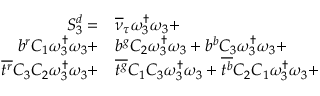
\begin{array} { r l } { S _ { 3 } ^ { d } = } & { { } { \overline { { \nu } } _ { \tau } } \omega _ { 3 } ^ { \dagger } \omega _ { 3 } + } \\ { { b } ^ { r } { C _ { 1 } } \omega _ { 3 } ^ { \dagger } \omega _ { 3 } + } & { { } { b } ^ { g } { C _ { 2 } } \omega _ { 3 } ^ { \dagger } \omega _ { 3 } + { b } ^ { b } { C _ { 3 } } \omega _ { 3 } ^ { \dagger } \omega _ { 3 } + } \\ { \overline { { t ^ { r } } } { C _ { 3 } } { C _ { 2 } } \omega _ { 3 } ^ { \dagger } \omega _ { 3 } + } & { { } \overline { { t ^ { g } } } { C _ { 1 } } { C _ { 3 } } \omega _ { 3 } ^ { \dagger } \omega _ { 3 } + \overline { { t ^ { b } } } { C _ { 2 } } { C _ { 1 } } \omega _ { 3 } ^ { \dagger } \omega _ { 3 } + } \end{array}